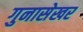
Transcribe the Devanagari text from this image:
गुनासेखर